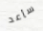
سأعد